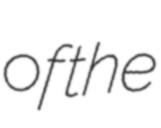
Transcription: of the